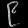
Digit: ၉